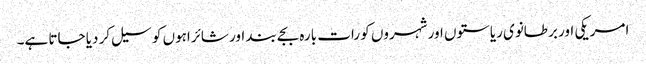
امریکی اور برطانوی ریاستوں اور شہروں کو رات بارہ بجے بند اور شائراہوں کو سیل کر دیا جاتا ہے۔